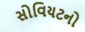
સોવિયટનો